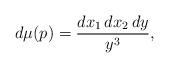
LaTeX: \begin{align*} d\mu(p)=\frac{dx_{1}\,dx_{2}\,dy}{y^{3}}, \end{align*}